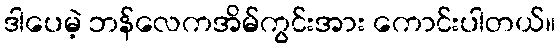
ဒါပေမဲ့ ဘန်လေကအိမ်ကွင်းအား ကောင်းပါတယ်။